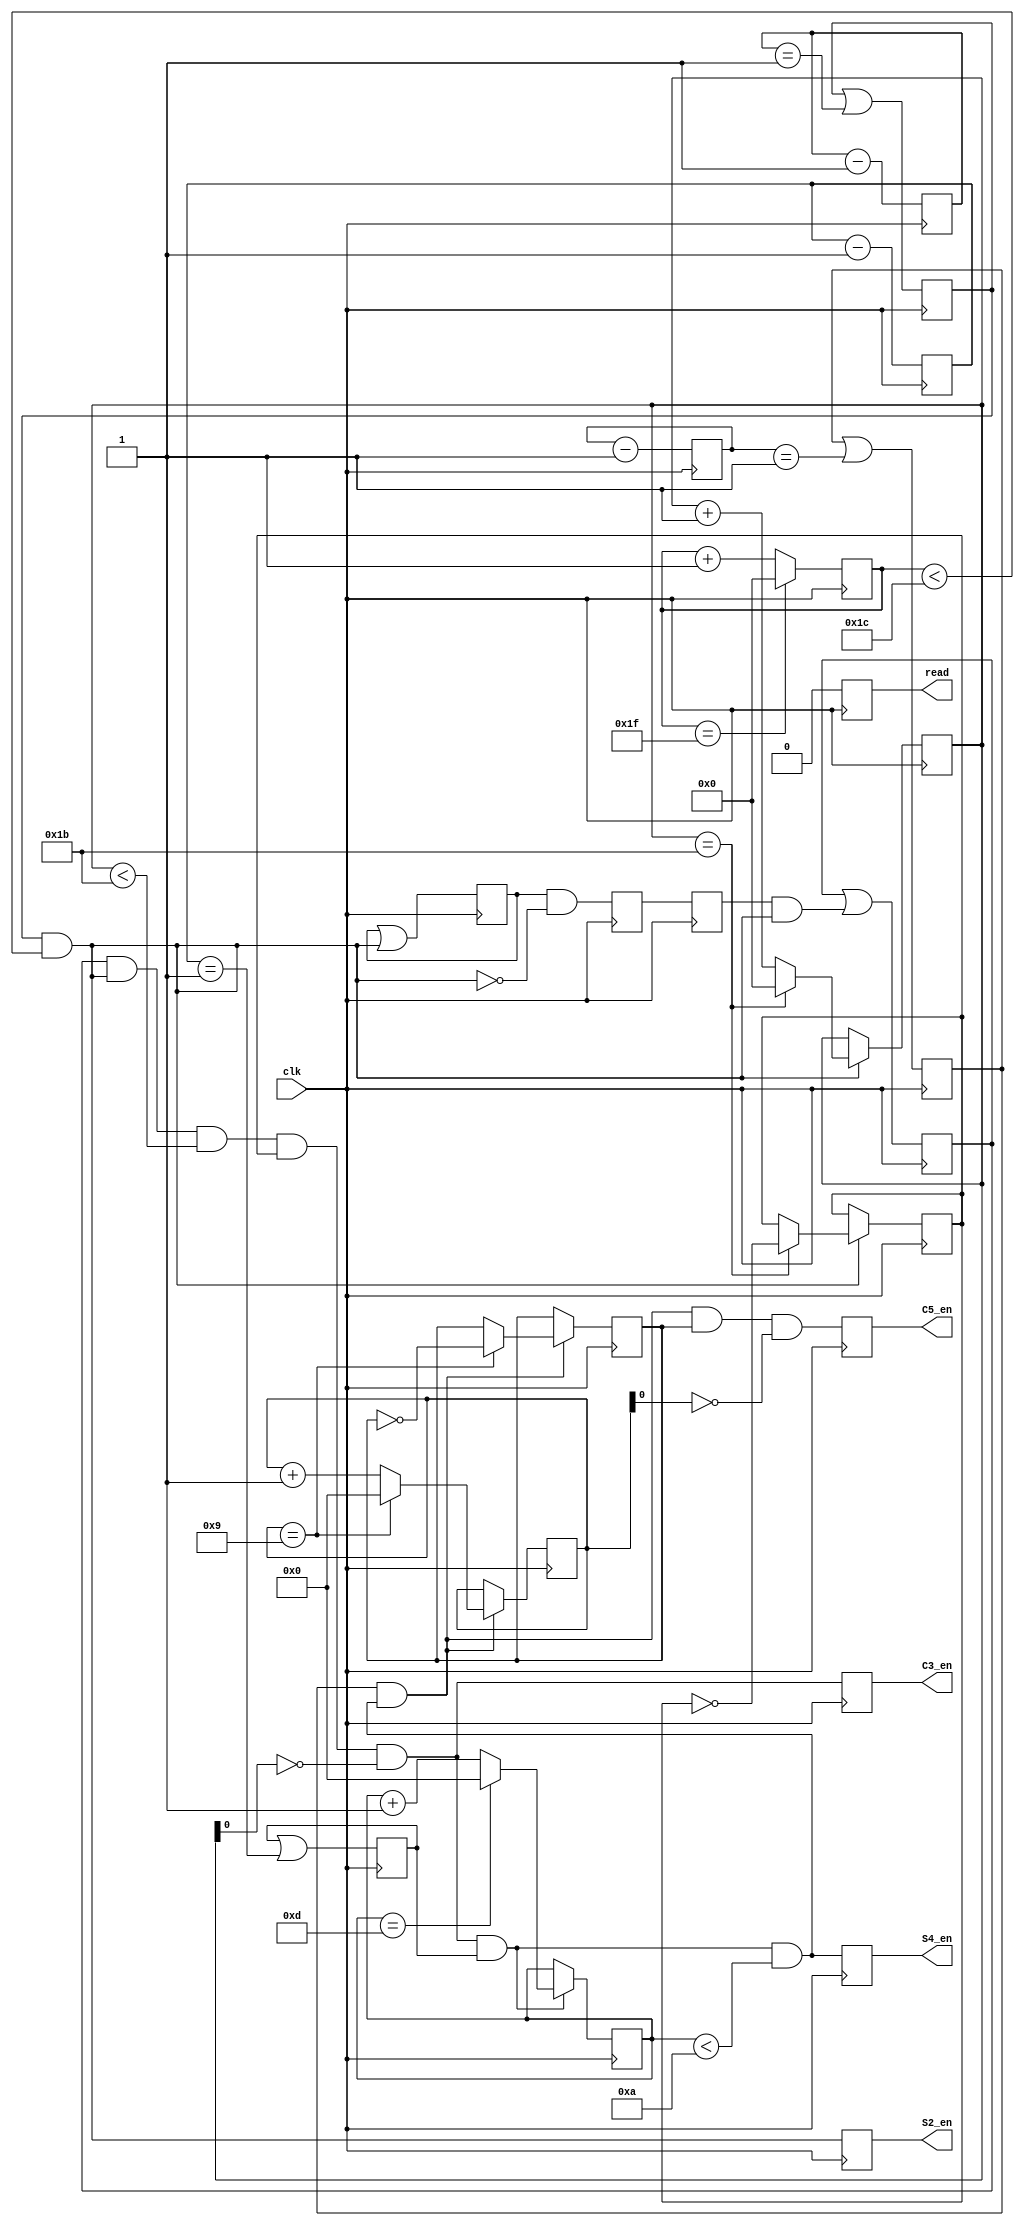
module control #(parameter COLS = 32) (
	input clk,
	output read,	// whether rom is allowed to read
	output reg S2_en, C3_en, S4_en, C5_en	// whether to latch values for S2/C3/S4/C5 (pool/conv/pool/conv)
);

parameter C1_LEN = 28;
parameter S2_LEN = 14;
parameter C3_LEN = 10;
parameter S4_LEN = 5;

// determine if layer output should be read
reg[4:0] c1_count = C1_LEN;	// 28, ends at 32 (range: 0 to 31) - skip 4 cycles
reg[4:0] s2_count = C1_LEN-2;	// counts entire C1 row but takes alternate outputs
reg s2_dontskip = 1;	// whether to skip reading a row or not

reg[3:0] c3_count = 0;	// count no. C3 outputs produced thus far (range: 0 to 13 to skip 4 cycles)
reg[3:0] s4_count = 0;	// count no. C3 outputs encountered thus far (takes alternate outputs)
reg s4_dontskip = 1;	// whether to skip reading a row or not

// determine if layer to begin reading input
reg[7:0] enable_s2_count = 5 + 4*COLS - 1;	// start at 133th clock cycle; count down to 0
reg s2_begin = 0;

reg enable_c3_bit = 0, enable_c3_bit2 = 0, enable_c3_bit3 = 0;
reg c3_begin = 0;

reg[8:0] enable_s4_count = 431;	// start at 432th clock cycle; count down to 0
reg s4_begin = 0;

reg[8:0] enable_c5_count = 499;	// start at 500th clock cycle; count down to 0
reg c5_begin = 0;

reg first_cycle = 1;

assign read = first_cycle;

always @ (posedge clk) begin
	// whether to read from rom
	first_cycle <= 0;

	// count outputs of layer C1
	if (c1_count == COLS - 1)
		c1_count <= 0;	// wrap counter
	else	c1_count <= c1_count + 1;

	// check if layer S2 can begin
	enable_s2_count <= enable_s2_count - 1;
	s2_begin <= s2_begin | (enable_s2_count == 8'b1);	// calculate condition one cycle before

	// determine if layer S2 should read inputs of layer C1
	S2_en = s2_begin & (c1_count < C1_LEN);

	// count inputs to layer S2
	if (S2_en) begin
		if (s2_count == C1_LEN-1) begin
			s2_count <= 0;
			s2_dontskip <= ~s2_dontskip;
		end
		else	s2_count <= s2_count + 1;
	end

	// check if layer C3 can begin
	enable_c3_bit <= enable_c3_bit | S2_en;
	enable_c3_bit2 <= enable_c3_bit & ~S2_en;	// when it goes low for the first time
	enable_c3_bit3 <= enable_c3_bit2;	// delay by 1 cycle
	c3_begin <= c3_begin | (enable_c3_bit3 & S2_en);	// already begun or meets the condition for begin

	// determine if layer C3 should read inputs of layer S2
	C3_en = c3_begin & S2_en & (s2_count < C1_LEN-1) & s2_dontskip & ~s2_count[0];

	// check if layer S4 can begin
	enable_s4_count <= enable_s4_count - 1;
	s4_begin <= s4_begin | (enable_s4_count == 8'b1);	// calculate condition one cycle before

	// count outputs of layer C3
	if (C3_en & s4_begin) begin	// when C3 should read in value
		if (c3_count == S2_LEN-1) begin
			c3_count <= 0;
		end
		else	c3_count <= c3_count + 1;
	end

	// determine if layer S4 should read inputs of layer C3
	S4_en = s4_begin & C3_en & (c3_count < C3_LEN);

	// check if layer C5 can begin
	enable_c5_count <= enable_c5_count - 1;
	c5_begin <= c5_begin | (enable_c5_count == 8'b1);	// calculate condition one cycle before

	// count inputs to layer S4
	if (S4_en & c5_begin) begin	// when S4 reads in a value
		if (s4_count == C3_LEN-1) begin
			s4_count <= 0;
			s4_dontskip <= ~s4_dontskip;
		end
		else	s4_count <= s4_count + 1;
	end

	// determine if layer C5 should read inputs of layer S4
	C5_en = c5_begin & S4_en & s4_dontskip & ~s4_count[0];
end

endmodule